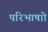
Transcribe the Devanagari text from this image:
परिभाषाो